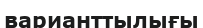
варианттылығы